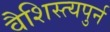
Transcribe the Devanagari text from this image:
वैशिस्त्यपुर्न